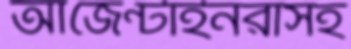
আর্জেন্টাইনরাসহ